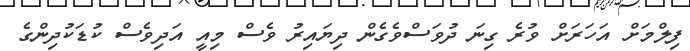
ފިލްމަށް އަހަރަށް ވުރެ ގިނަ ދުވަސްވެގެން ދިޔައިރު ވެސް މިއީ އަދިވެސް ކުޑަކުދިންގެ